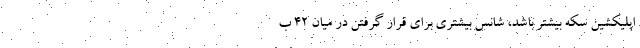
اپلیکشین سکه بیشتر باشد، شانس بیشتری برای قرار گرفتن در میان ۴۲ ب